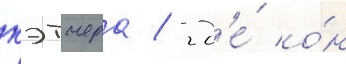
кэтчера / гд'е́ о́н